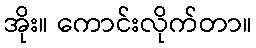
အိုး။ ကောင်းလိုက်တာ။